Vaccine operations Central Provinces 1868-1885 - 1868-1885
Year: 1868
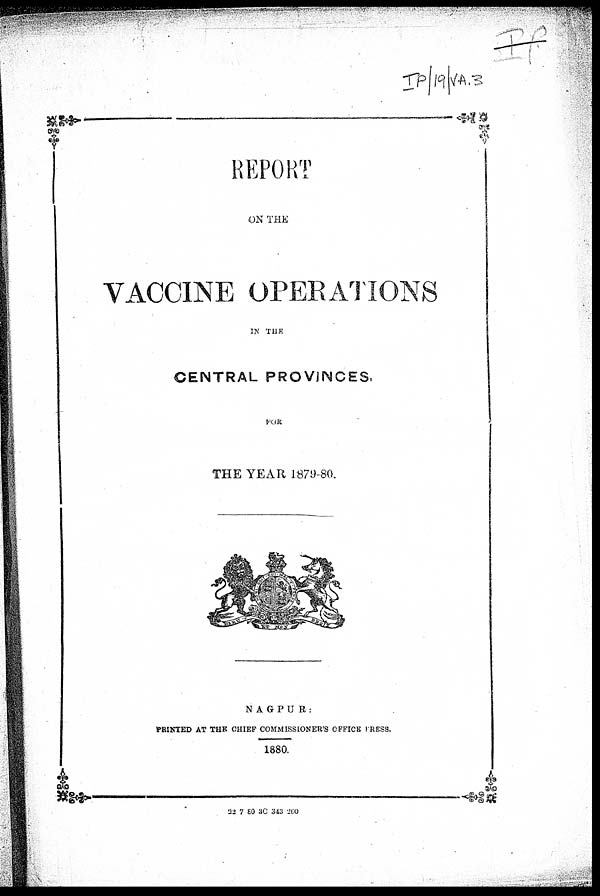
REPORT
ON THE
VACCINE OPERATIONS
IN THE
CENTRAL PROVINCES,
FOR
THE YEAR 1879-80.
NAGPUR:
PRINTED AT THE CHIEF COMMISSIONER'S OFFICE PRESS.
1880.
22 7 80 3C 343 200